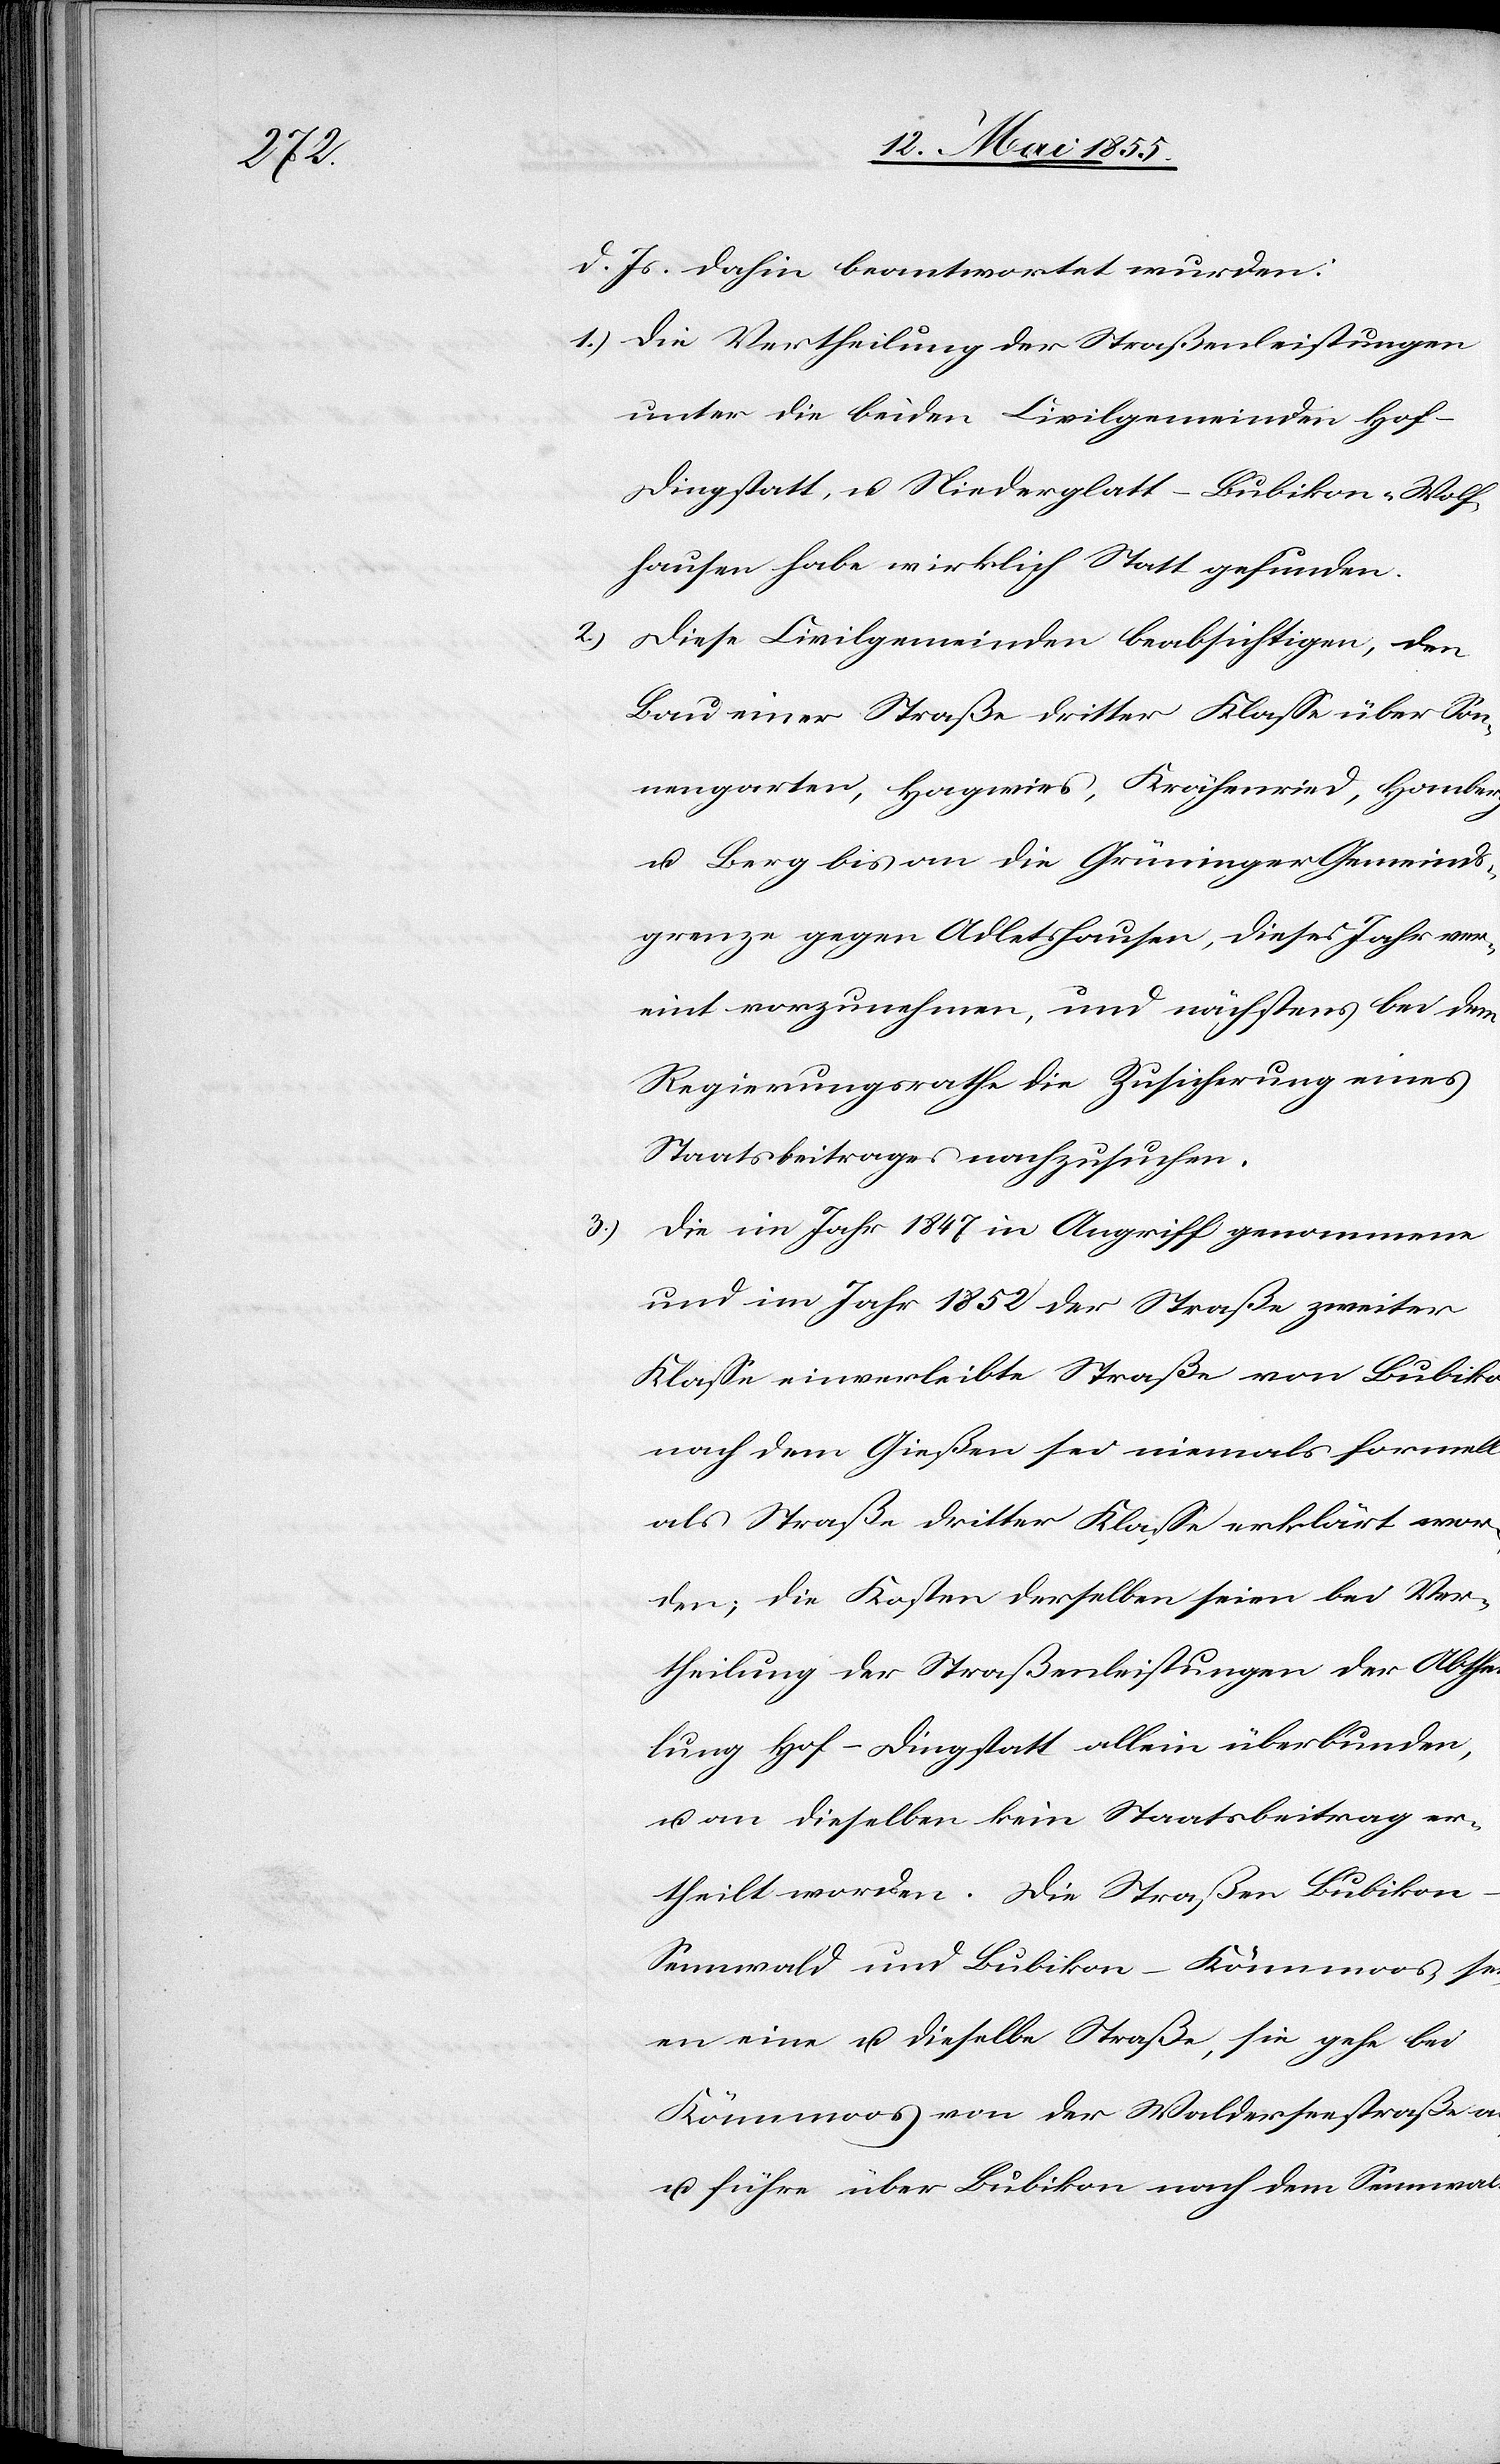
d. Js. dahin beantwortet wurden:
Die Vertheilung der Straßenleistungen
unter die beiden Civilgemeinden Hof-D¬
ingstatt, u. Niederglatt-Bubikon-Wolf¬
hausen habe wirklich Statt gefunden.
Diese Civilgemeinden beabsichtigen, den
Bau einer Straße dritter Klasse über Son¬
nengarten, Hagwies, Krähenried, Homberg
u. Berg bis an die Grüninger Gemeinds¬
grenze gegen Adletshausen, dieses Jahr ver¬
eint vorzunehmen, und nächstens bei dem
Regierungsrathe die Zusicherung eines
Staatsbeitrages nachzusuchen.
Die im Jahr 1847 in Angriff genommene
und im Jahr 1852 der Straße zweiter
Klasse einverleibte Straße von Bubikon
nach dem Gießen sei niemals formell
als Straße dritter Klasse erklärt wor¬
den; die Kosten derselben seien bei Ver¬
theilung der Straßenleistungen der Abthei¬
lung Hof-Dingstatt allein überbunden,
u. an dieselben kein Staatsbeitrag er¬
theilt worden. Die Straßen Bubiko¬
n–Sennwald und Bubikon–Kämmoos, se¬
ien eine u. dieselbe Straße, sie gehe bei
Kämmoos von der Walderseestraße ab,
u. führe über Bubikon nach dem Sennwald;